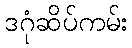
ဒဂုံဆိပ်ကမ်း